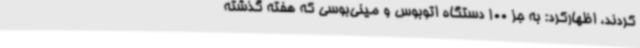
کردند، اظهارکرد: به جز 100 دستگاه اتوبوس و مینی‌بوسی که هفته گذشته